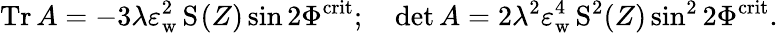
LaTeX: \mathrm{Tr}\, A=-3\lambda\varepsilon_{\mathrm{w}}^{2}\, \mathrm{S}_{}(Z)\sin 2\Phi^{\mathrm{crit}};\quad\operatorname*{det}A=2\lambda^{2}\varepsilon_{\mathrm{w}}^{4}\, \mathrm{S}_{}^{2}(Z)\sin^{2}2\Phi^{\mathrm{crit}}.